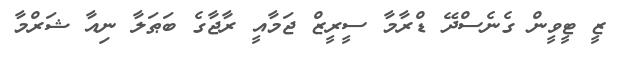
ޒީ ޓީވީން ގެނެސްދޭ ޑްރާމާ ސީރީޒް ޖަމާއީ ރާޖާގެ ބަޠަލާ ނިއާ ޝަރްމާ